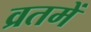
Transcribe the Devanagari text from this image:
व्रतमें